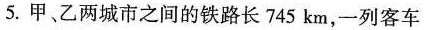
5.甲、乙两城市之间的铁路长745km，一列客车